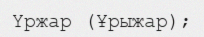
Үржар (Ұрыжар);